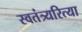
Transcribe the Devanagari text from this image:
स्वतंत्र्यरित्या